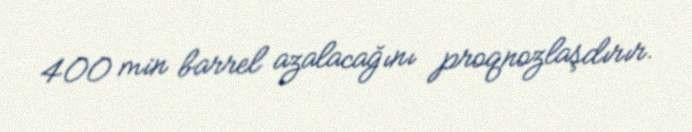
400 min barrel azalacağını proqnozlaşdırır.